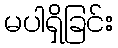
မပါရှိခြင်း